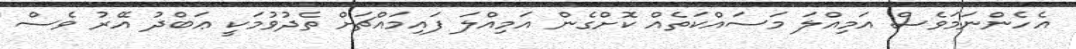
އެހެންނަމަވެސް އަމިއްލަ މަސައްކަތެއް ކޮށްގެން އަމިއްލަ ފައިމައްޗަށް ތެދުވުމަކީ ޢަބްދު އޭރު ވެސް